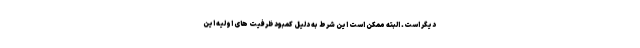
دیگر است. البته ممکن است این شرط به دلیل کمبود ظرفیت های اولیه این